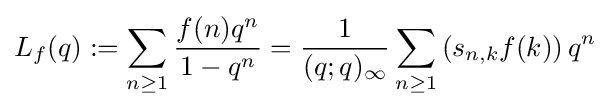
L_{f}(q):=\sum _{n\geq 1}{\frac {f(n)q^{n}}{1-q^{n}}}={\frac {1}{(q;q)_{\infty }}}\sum _{n\geq 1}\left(s_{n,k}f(k)\right)q^{n}